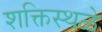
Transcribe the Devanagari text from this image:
शक्तिस्थळे